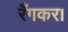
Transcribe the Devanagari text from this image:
रँगकर।